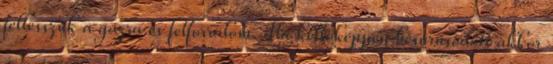
feltesszük a gázra és felforralom. Ha kellőképpen besűrűsödött akkor